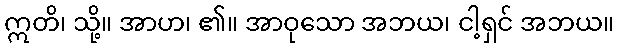
ဣတိ၊ သို့။ အာဟ၊ ၏။ အာဝုသော အဘယ၊ ငါ့ရှင် အဘယ။